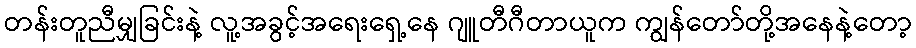
တန်းတူညီမျှခြင်းနဲ့ လူ့အခွင့်အရေးရှေ့နေ ဂျူတီဂီတာယူက ကျွန်တော်တို့အနေနဲ့တော့